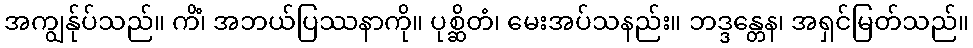
အကျွန်ုပ်သည်။ ကိံ၊ အဘယ်ပြဿနာကို။ ပုစ္ဆိတံ၊ မေးအပ်သနည်း။ ဘဒ္ဒန္တေန၊ အရှင်မြတ်သည်။